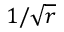
{ 1 } / { \sqrt { r } }